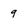
Character: 9